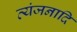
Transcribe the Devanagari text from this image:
व्यंजनादि